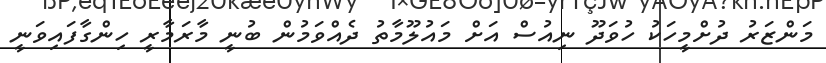
މަންޒަރު ދުށްމީހަކު ހުވަދޫ ނިއުސް އަށް މައުލޫމާތު ދެއްވަމުން ބުނީ މާރަމާރީ ހިންގާފައިވަނީ